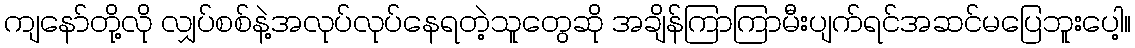
ကျနော်တို့လို လျှပ်စစ်နဲ့အလုပ်လုပ်နေရတဲ့သူတွေဆို အချိန်ကြာကြာမီးပျက်ရင်အဆင်မပြေဘူးပေါ့။